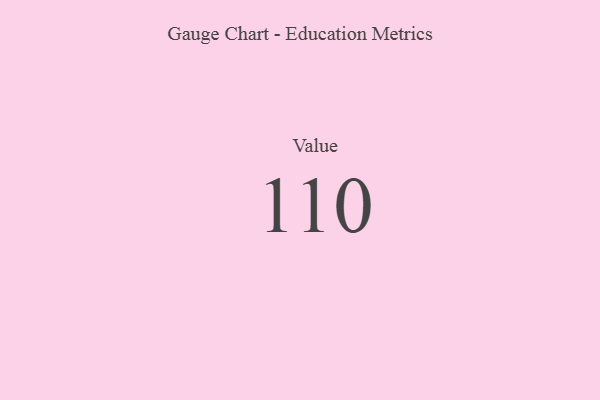
{"axis": {"x": "Metric", "y": "Value"}, "legend": [""], "data": [{"x": "Value", "y": 110, "type": ""}]}